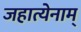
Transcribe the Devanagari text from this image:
जहात्येनाम्‌